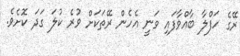
ރޭގެ ހަފްލާ ބާއްވާފައި ވަނީ އެހެން ރޭތަކަށް ވުރެ ކުލަ ގަދަ ކޮށެވެ.